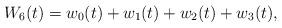
LaTeX: \begin{align*}W_6(t)=w_0(t)+w_1(t)+w_2(t)+w_3(t),\end{align*}